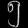
Digit: ၅